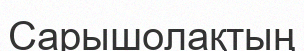
Сарышолақтың